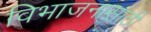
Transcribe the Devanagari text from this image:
विभाजनासाठी